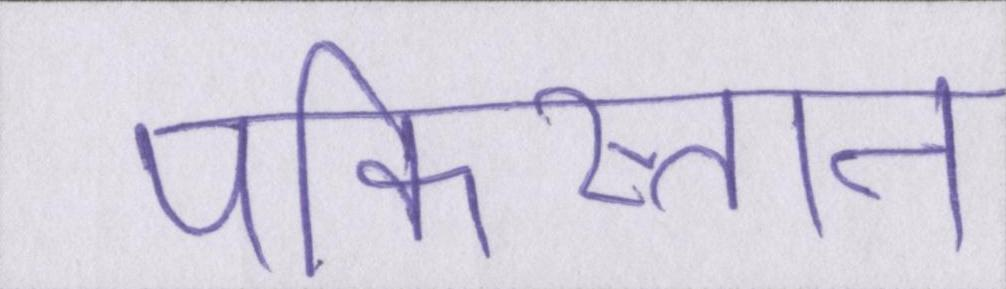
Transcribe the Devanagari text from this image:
पकिस्तान